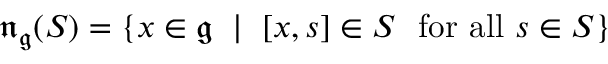
{ \mathfrak { n } } _ { \mathfrak { g } } ( S ) = \{ x \in { \mathfrak { g } } \ \mid \ [ x , s ] \in S \ { \mathrm { ~ f o r ~ a l l } } \ s \in S \}